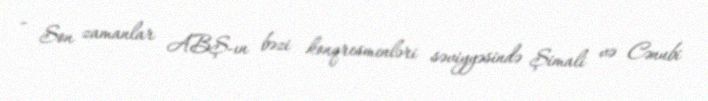
- Son zamanlar ABŞ-ın bəzi konqresmenləri səviyyəsində Şimali və Cənubi